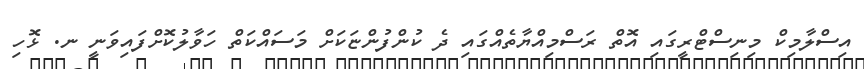
އިސްލާމިކް މިނިސްޓްރީގައި އޮތް ރަސްމިއްޔާތެއްގައި ދެ ކުންފުންޏަކަށް މަސައްކަތް ހަވާލުކޮށްފައިވަނީ ނ. ޅޮހި